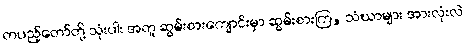
တပည့်တော်တို့ သုံးပါး အတူ ဆွမ်းစားကျောင်းမှာ ဆွမ်းစားကြ, သံဃာများ အားလုံးလဲ